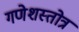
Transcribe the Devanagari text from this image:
गणेशस्तोत्र